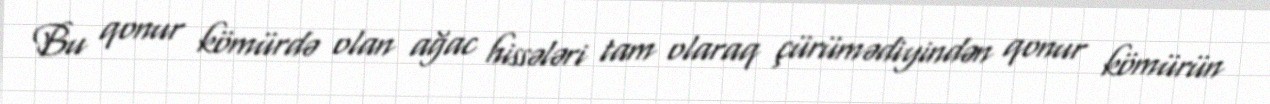
Bu qonur kömürdə olan ağac hissələri tam olaraq çürümədiyindən qonur kömürün